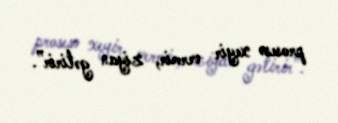
prosesə xeyir vermir, ziyan gətirir”.